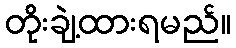
တိုးချဲ့ထားရမည်။